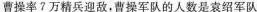
曹操率?万精兵迎敌，曹操军队的人数是袁绍军队